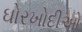
ઘોરખોદીઓ